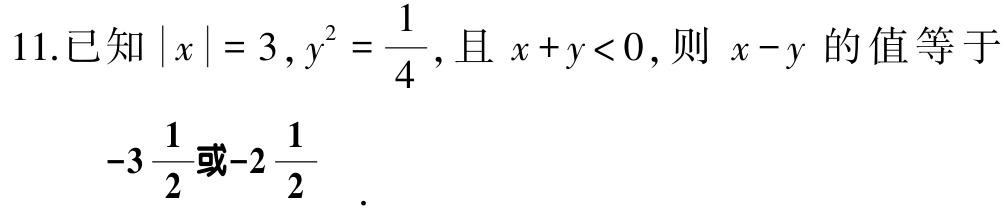
11.已知\(\vert x\vert = 3,y^{2}=\frac{1}{4}\),且\(x + y < 0\),则\(x - y\)的值等于

\(-3\frac{1}{2}\)或\(-2\frac{1}{2}\).